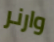
وارنر